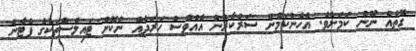
ގޮތެއް ނޫން ކަމަށެވެ. އެހެންކަމުން ސަރުކާރުން އެއްވެސް ހަރަދެއް ނުކޮށް ޓައިލްސްތަކުގެ ޕެޓާން